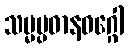
သမ္မပ္ပဓာနဝဂ္ဂေါ